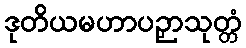
ဒုတိယမဟာပဉှာသုတ္တံ